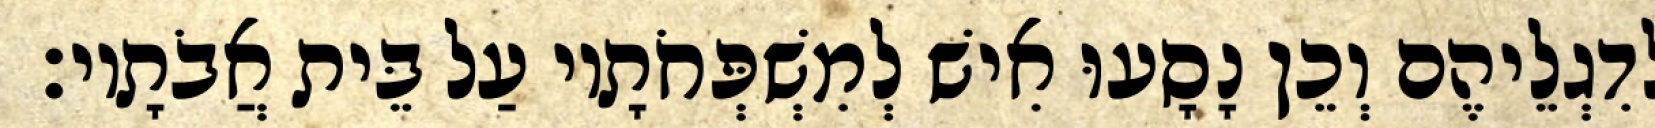
לְדִגְלֵיהֶם וְכֵן נָסָעוּ אִישׁ לְמִשְׁפְּחֹתָיו עַל בֵּית אֲבֹתָיו׃